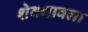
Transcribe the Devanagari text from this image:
शेवगावला